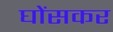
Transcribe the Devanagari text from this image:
घोंसकर